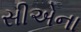
સીએના